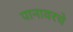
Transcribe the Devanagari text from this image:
पानावरचे